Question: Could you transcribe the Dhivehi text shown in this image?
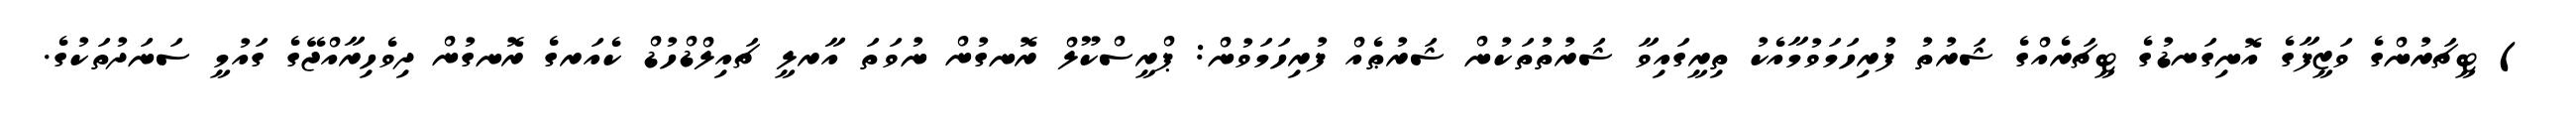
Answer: ) ޓީޗަރުންގެ ވަޒީފާގެ އޮނިގަނޑުގެ ޓީޗަރެއްގެ ޝަރުތު ފުރިހަމަވުމާއެކު ތިރީގައިވާ ޝަރުތުތަކުން ޝަރުޠެއް ފުރިހަމަވުން: ޕްރީސްކޫލް ރޮނގުން ނުވަތަ އާރލީ ޗައިލްޑްހުޑް ކެއަރގެ ރޮނގުން ދިވެހިރާއްޖޭގެ ގައުމީ ސަނަދުތަކުގެ.